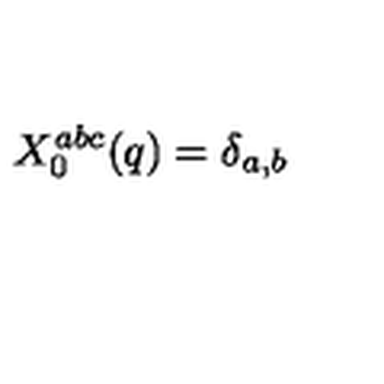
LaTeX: X _ { 0 } ^ { a b c } ( q ) = \delta _ { a , b }